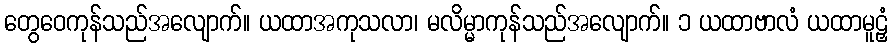
တွေဝေကုန်သည်အလျောက်။ ယထာအကုသလာ၊ မလိမ္မာကုန်သည်အလျောက်။ ၁ ယထာဗာလံ ယထာမူဠှံ